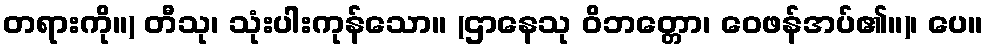
တရားကို။) တီသု၊ သုံးပါးကုန်သော။ (ဌာနေသု ဝိဘတ္တော၊ ဝေဖန်အပ်၏။)၊ ပေ။